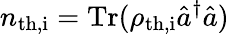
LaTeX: n_{\mathrm{th,i}}=\mathrm{Tr}(\rho_{\mathrm{th,i}}\hat{a}^{\dagger}\hat{a})